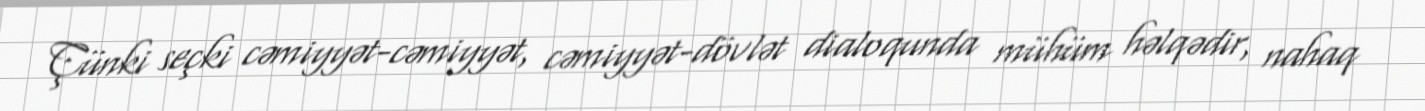
Çünki seçki cəmiyyət-cəmiyyət, cəmiyyət-dövlət dialoqunda mühüm həlqədir, nahaq